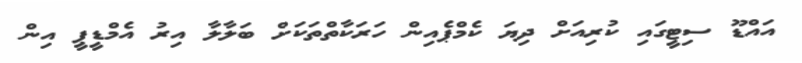
އައްޑޫ ސިޓީގައި ކުރިއަށް ދިޔަ ކެމްޕެއިން ހަރަކާތްތަކަށް ބަލާލާ އިރު އެމްޑީޕީ އިން